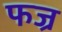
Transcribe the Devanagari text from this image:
फज्र